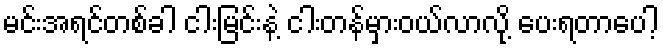
မင်းအရင်တစ်ခါ ငါးမြင်းနဲ့ ငါးတန်မှားဝယ်လာလို့ ပေးရတာပေါ့